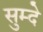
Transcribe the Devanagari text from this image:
सुम्दे